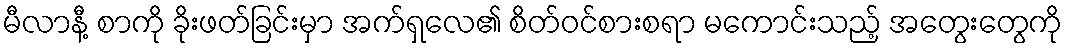
မီလာနီ့ စာကို ခိုးဖတ်ခြင်းမှာ အက်ရှလေ၏ စိတ်ဝင်စားစရာ မကောင်းသည့် အတွေးတွေကို